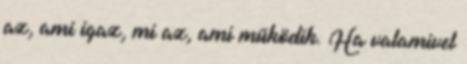
az, ami igaz, mi az, ami működik. Ha valamivel